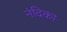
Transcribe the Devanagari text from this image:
नंदिका